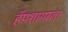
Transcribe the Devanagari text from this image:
हँपशायरला